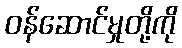
ဝန်ဆောင်မှုတို့ကို